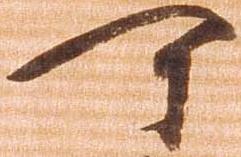
可